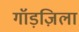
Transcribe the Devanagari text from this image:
गॉड़ज़िला